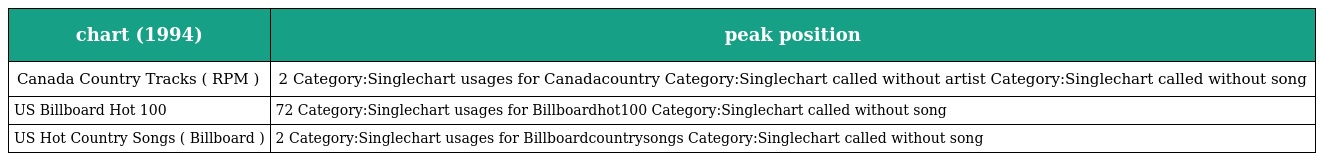
| chart (1994) | peak position |
 | --- | --- |
 | Canada Country Tracks ( RPM ) | 2 Category:Singlechart usages for Canadacountry Category:Singlechart called without artist Category:Singlechart called without song |
 | US Billboard Hot 100 | 72 Category:Singlechart usages for Billboardhot100 Category:Singlechart called without song |
 | US Hot Country Songs ( Billboard ) | 2 Category:Singlechart usages for Billboardcountrysongs Category:Singlechart called without song |